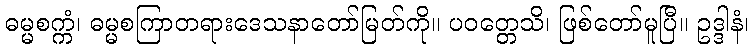
ဓမ္မစက္ကံ၊ ဓမ္မစကြာတရားဒေသနာတော်မြတ်ကို။ ပဝတ္တေသိ၊ ဖြစ်တော်မူပြီ။ ဥဒ္ဒါနံ၊